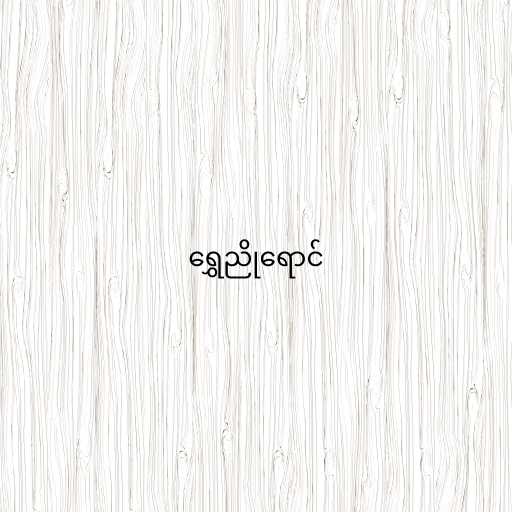
ရွှေညိုရောင်